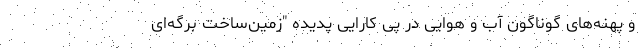
و پهنه‌های گوناگون آب و هوایی در پی کارایی پدیده "زمین‌ساخت برگه‌ای